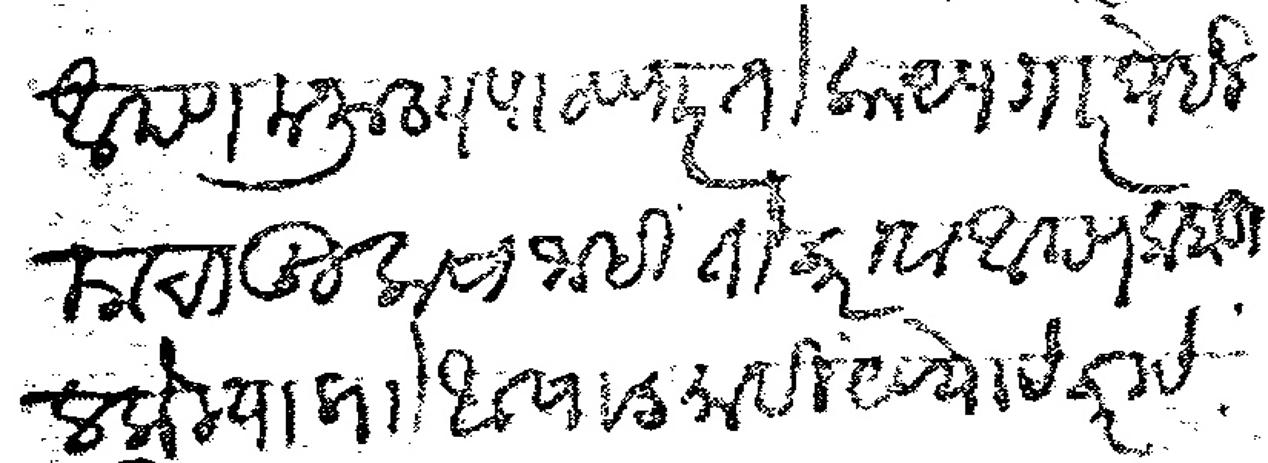
Transliteration (Devanagari): आपण मनुष्य पाठवणार तो काय पगार घेईल याचा खुलासा नाही तो करावा आपण कबू ल केल्याप्रो आषाढमासी येण्याचे करावे